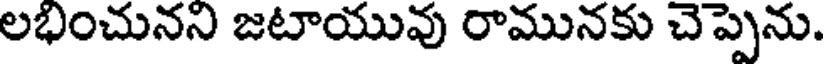
లభించునని జటాయువు రామునకు చెప్పెను.